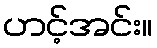
ဟင့်အင်း။